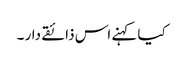
کیا کہنے اس ذائقے دار ۔